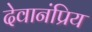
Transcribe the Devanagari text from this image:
देवानंप्रिय